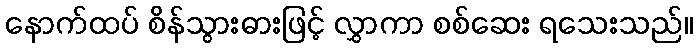
နောက်ထပ် စိန်သွားဓားဖြင့် လွှာကာ စစ်ဆေး ရသေးသည်။